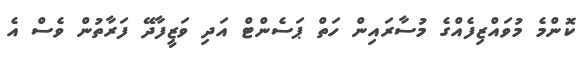
ކޮންމެ މުވައްޒިފެއްގެ މުސާރައިން ހަތް ޕަސެންޓް އަދި ވަޒީފާދޭ ފަރާތުން ވެސް އެ